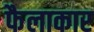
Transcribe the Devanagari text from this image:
फैलाकार